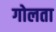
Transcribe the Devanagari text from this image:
गोलता